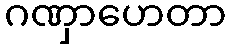
ဂဏှာဟေတာ